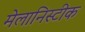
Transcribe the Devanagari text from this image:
मेलानिस्टीक